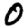
Digit: 0